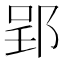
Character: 郢